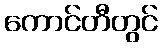
ကောင်တီတွင်